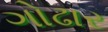
ગોઢાર